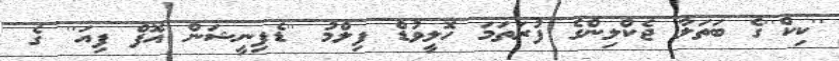
''ކިކް''ގެ ބަތަލާ ޖެކްލިންގެ ފުރަތަމަ ހޮލީވުޑް ފިލްމު ''ޑެފިނީޝަން އޮފް ފިއަ'' ގެ